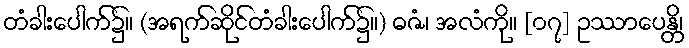
တံခါးပေါက်၌။ (အရက်ဆိုင်တံခါးပေါက်၌။) ဓဇံ၊ အလံကို။ [၀၇] ဥဿာပေန္တိ၊